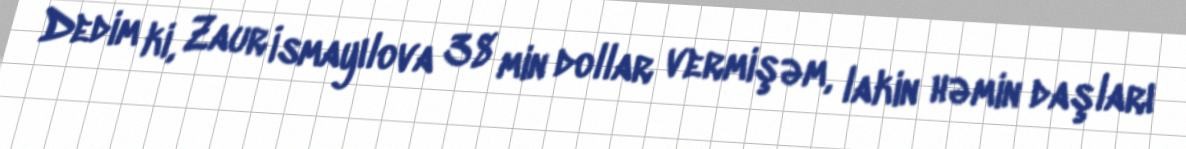
Dedim ki, Zaur İsmayılova 38 min dollar vermişəm, lakin həmin daşları